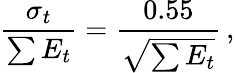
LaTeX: \frac{\sigma_{t}}{\sum E_{t}}=\frac{0.55}{\sqrt{\sum E_{t}}}\, ,